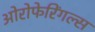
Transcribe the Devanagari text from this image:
ओरोफेरिंगल्स